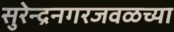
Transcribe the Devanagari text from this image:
सुरेन्द्रनगरजवळच्या